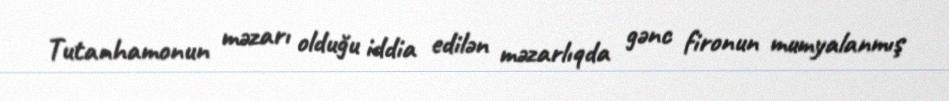
Tutanhamonun məzarı olduğu iddia edilən məzarlıqda gənc fironun mumyalanmış